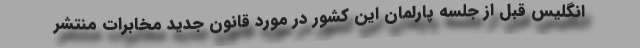
انگلیس قبل از جلسه پارلمان این کشور در مورد قانون جدید مخابرات منتشر